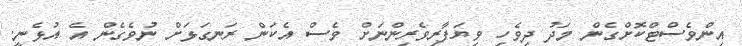
އިންވެސްޓްކޮށްގެން މަދު ދިވެހި ވިޔަފާރިވެރިންނަށް ވެސް އެކަން ރަނގަޅަށް ނުވެގެން އެ އުޅެނީ.